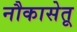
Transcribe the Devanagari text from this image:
नौकासेतू